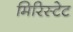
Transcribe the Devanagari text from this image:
मिरिस्टेट